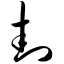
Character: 封